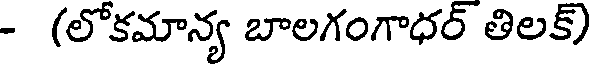
- (లోకమాన్య బాలగంగాధర్ తిలక్)